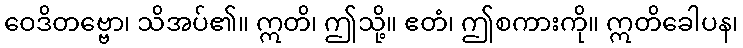
ဝေဒိတဗ္ဗော၊ သိအပ်၏။ ဣတိ၊ ဤသို့။ ဧတံ၊ ဤစကားကို။ ဣတိခေါပန၊